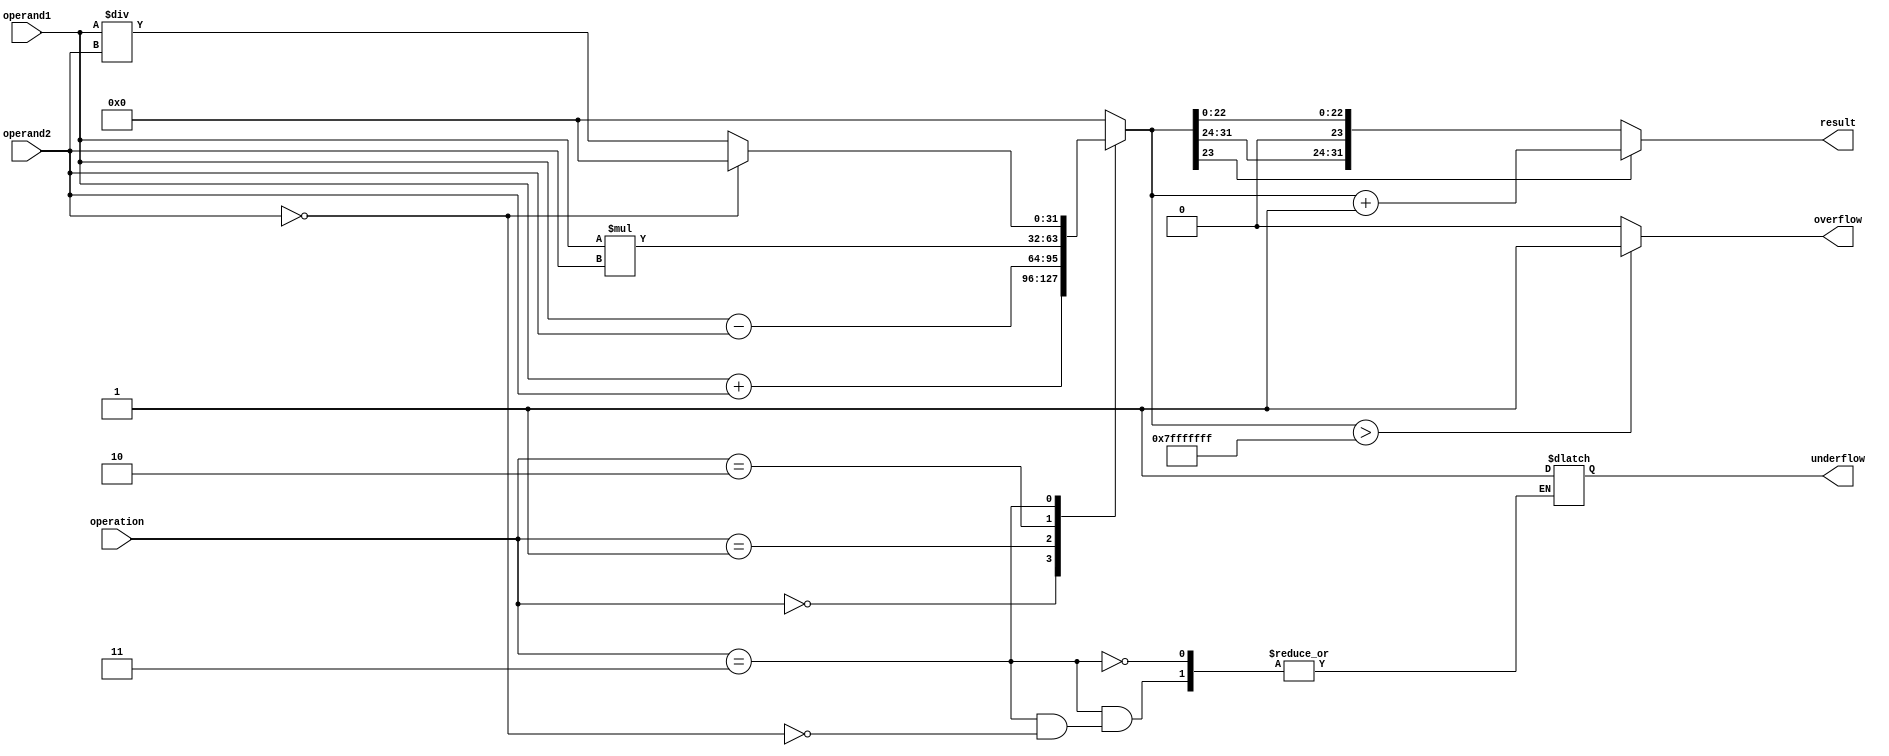
module single_precision_float_unit (
    input wire [31:0] operand1,
    input wire [31:0] operand2,
    input wire [2:0] operation, // 0: addition, 1: subtraction, 2: multiplication, 3: division
    output reg [31:0] result,
    output reg overflow,
    output reg underflow
);

// Register Declarations
reg [31:0] result_temp;

// Arithmetic Blocks
always @(*) begin
    case(operation)
        0: result_temp = operand1 + operand2; // Addition
        1: result_temp = operand1 - operand2; // Subtraction
        2: result_temp = operand1 * operand2; // Multiplication
        3: begin // Division
            if(operand2 == 0) begin
                underflow = 1; // Divide by zero
                result_temp = 0;
            end else begin
                result_temp = operand1 / operand2;
            end
        end
        default: result_temp = 0;
    endcase
end

// Rounding Logic
always @(*) begin
    if(result_temp[23] == 1) begin
        result = result_temp + 1;
    end else begin
        result = result_temp;
    end
end

// Overflow and Underflow detection
always @(*) begin
    if(result_temp > 2**31 - 1) begin
        overflow = 1; // overflow
    end else begin
        overflow = 0;
    end
end

endmodule